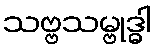
သဗ္ဗသမ္ဗုဒ္ဓါ